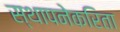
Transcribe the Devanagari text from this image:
स्थापनेकरिता